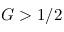
G > 1 / 2